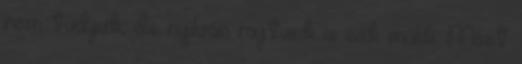
nem tudjuk, de nyilván rajtunk is sok múlik. Most